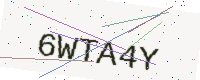
Text: 6WTA4Y